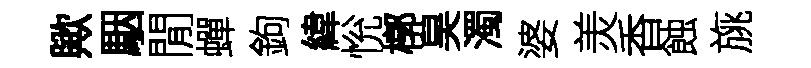
歟駰閒蟬鉤緯恱槨昊濁婆羙香蝕旐